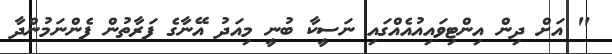
" އަށް ދިން އިންޓިވައިއުއެއްގައި ނަސީކާ ބުނީ މިއަދު އޭނާގެ ފަރާތުން ފެންނަމުންދާ